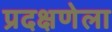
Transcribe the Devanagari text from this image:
प्रदक्षणेला